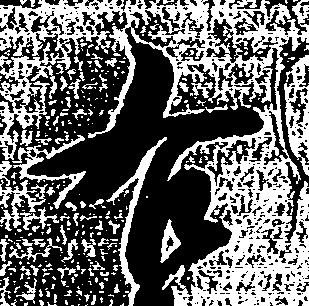
右